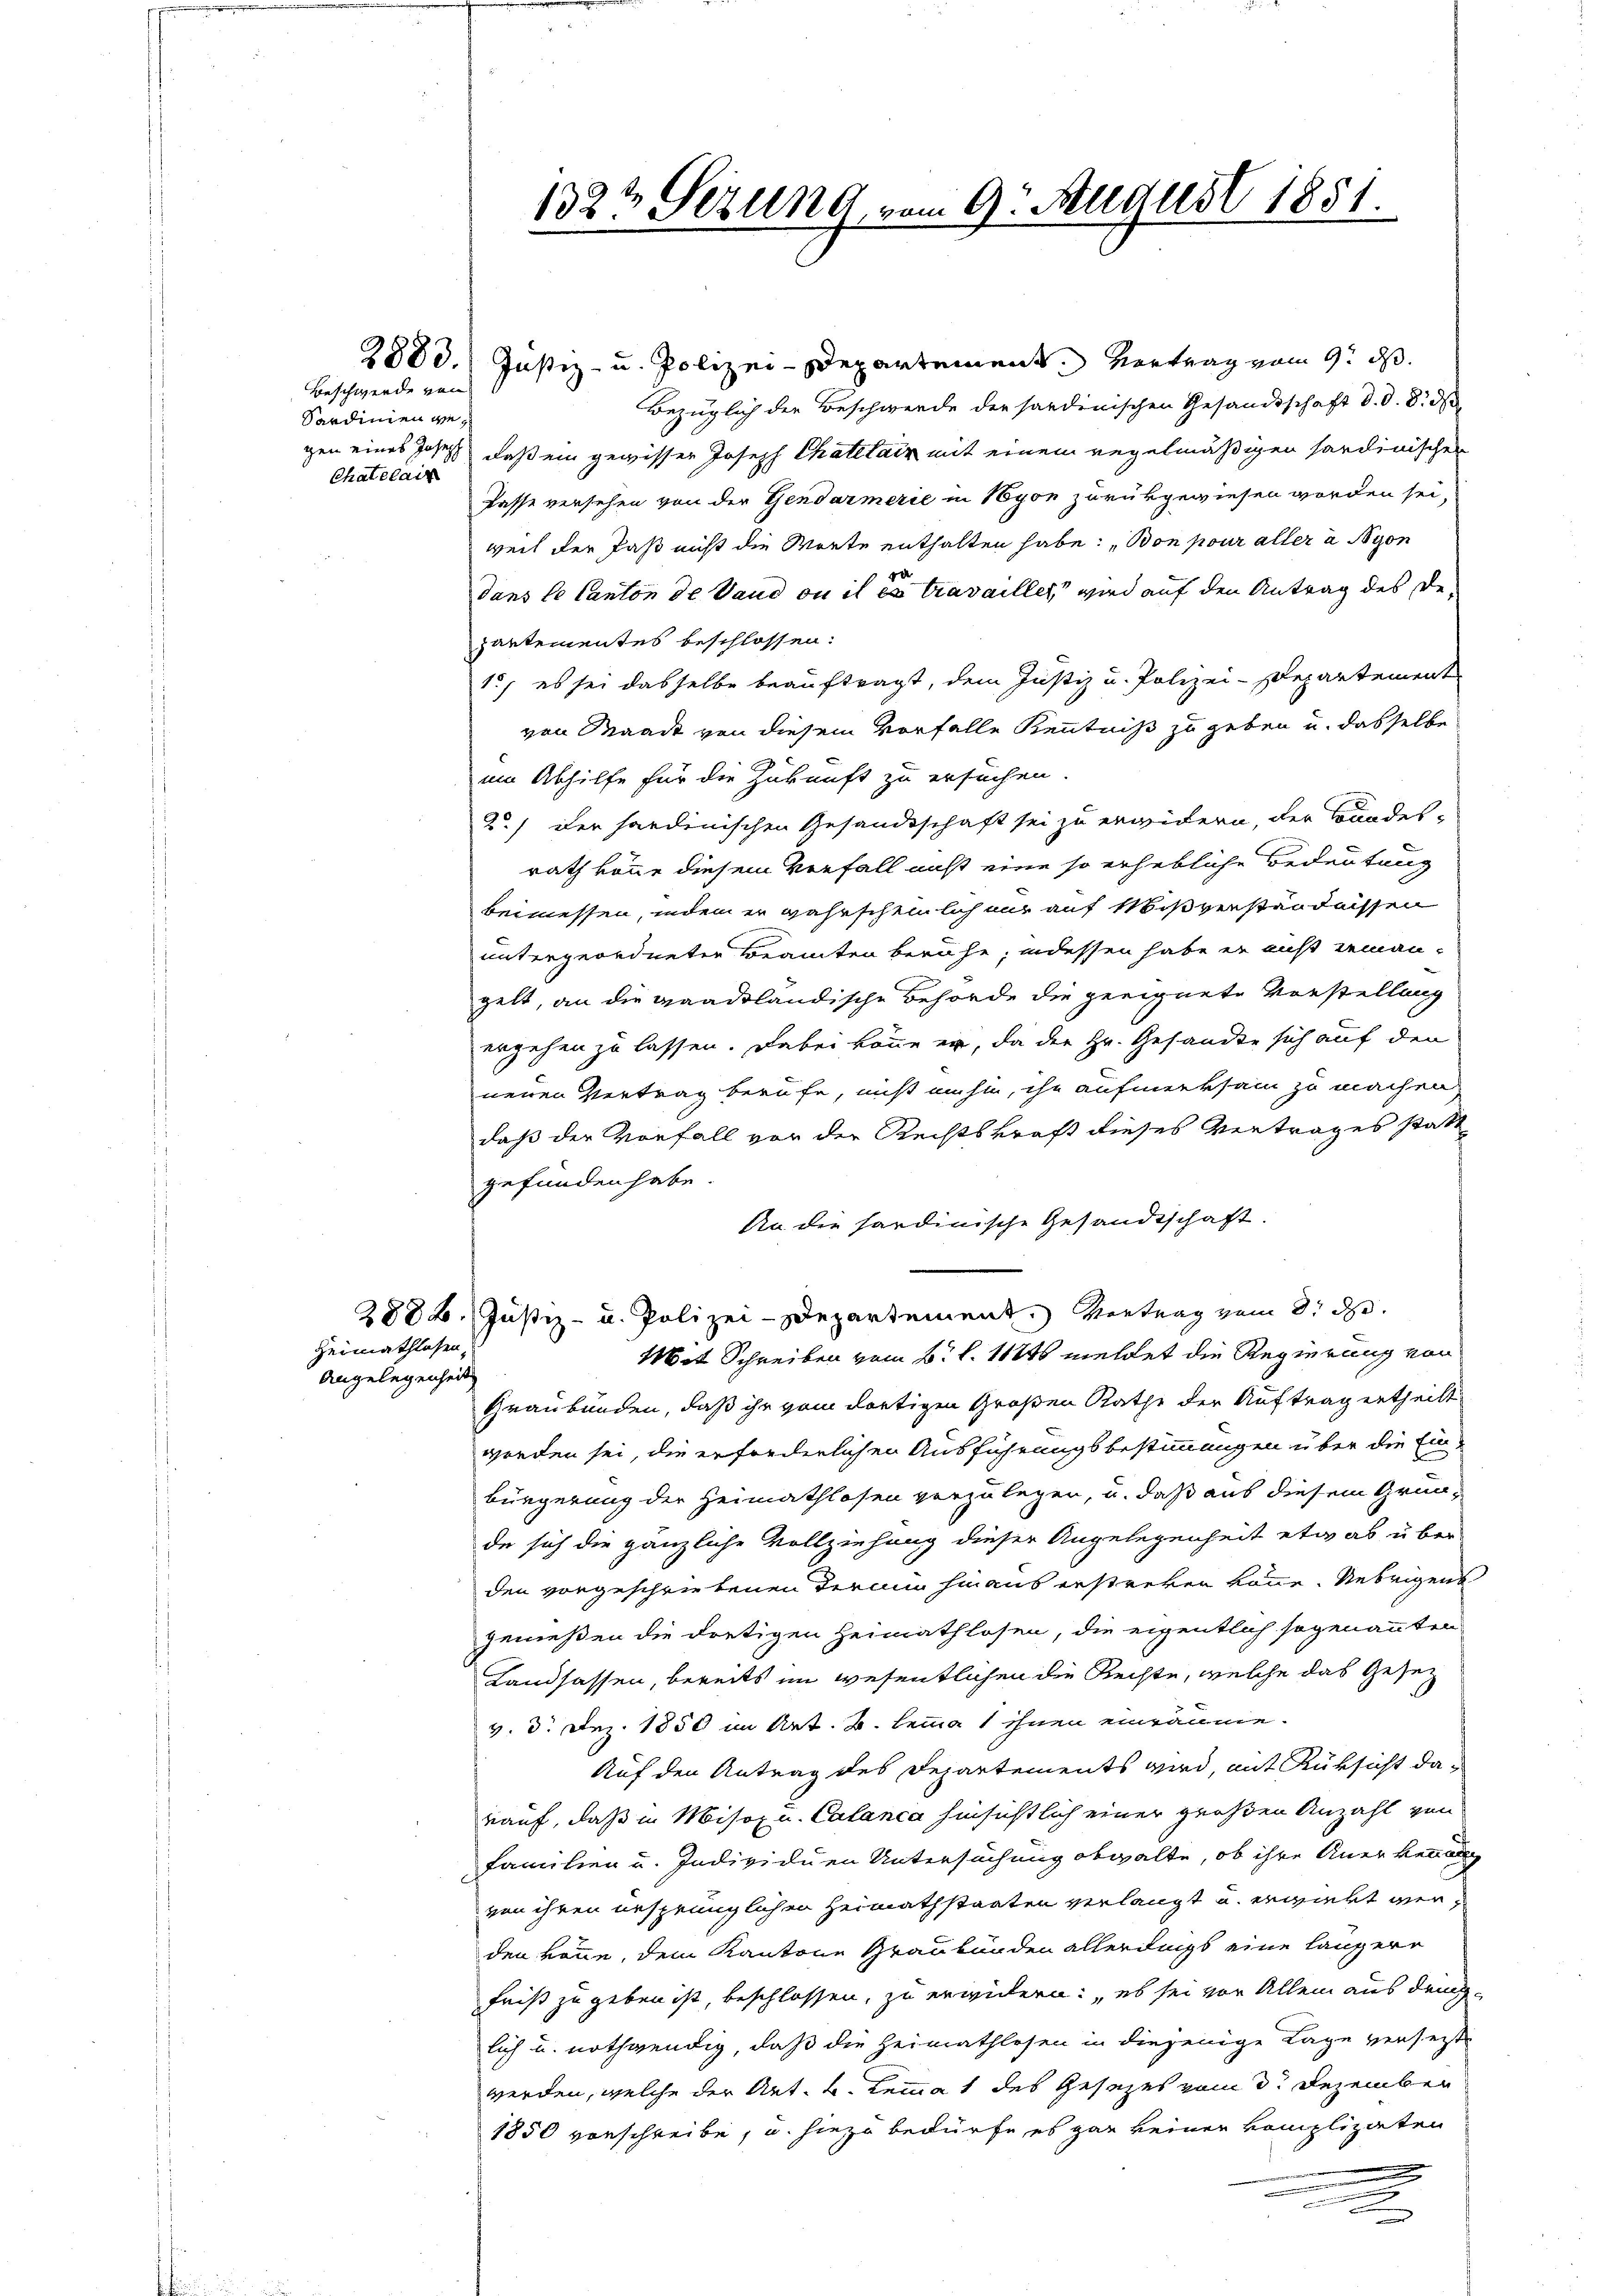
Beschwerde von
Sardinien ge¬
Chatelair

Heimathlosen,
Angelegenheit

1323 Setzung vom 9. August 1851.

2883.) Justiz- u. Polizei-Departement. Vertrag vom 9. ds.
Bezüglich der Beschwerde der sardinischen Gesandtschaft d. d. 8. d
gen eines Josef, daß ein gewisser Joseph Chatelair mit einem regelmäßigen sardinischen
Pässe versehen von der Gendarmerie in Nyon zurükgewiesen worden sei,
weil der Paß nicht die Worte enthalten habe, son pour aller a Syon
dans le Canton de Vaud ou il es travaillet wird auf den Antrag des Departementes beschlossen:
1., es sei dasselbe beauftragt, dem Justiz u. Polizei-Departement
von Waadt von diesem Vorfalle Kenntniß zu geben u. dasselbe
um Abhilfe für die Zukunft zu ersuchen.
2.) Der handenischen Gesandtschaft sei zu erwidern, der Bundes-
rath könne diesem Verfall nicht eine so erhebliche Bedeutung
beimessen, indem er wahrscheinlich nur auf Mißverständnissen
untergeordneter Beamten beruhe; indessen habe er nicht jeman-
gelt, an die waadtländische Behörde die geeignete Vorstellung
ergehen zu lassen. Dabei könne er, da der Hr. Gesanden sich auf den
neuen Vertrag berufe, nicht umhin, ihr aufmerksam zu machen,
daß der Vorfall vor der Rechtskraft dieses Vertrages statt
gefunden habe.
An die hardinische Gesandtschaft.
2888. Justiz- u. Polizei-Departement. Vortrag vom 8. d.
Mit Schreiben vom 6. l. 11446 meldet die Regierung von
Graubünden, daß ihr vom dortigen Großen Rathe der Auftrag ertheilt
worden sei, die erforderlichen Ausführungsbestimmungen über die Ein-
bürgerung der Heimathlosen vorzulegen, u. daß aus diesem Grunde sich die gänzliche Vollziehung dieser Angelegenheit etwas über
den vorgeschriebenen Termin hinaus erstreken könne. Uebrigens
genießen die dortigen Heimathlosen, die eigentlich sogenannten
Landsassen, bereits im wesentlichen die Rechte, welche das Gesez
v. 3. Dez. 1850 im Art. B. lemma 1 ihnen einräume.
Auf den Antrag des Departements wird, mit Rüksicht darauf, daß in Misox u. Calanca hinsichtlich einer großen Anzahl von
Familien u. Individuen Untersuchung obwalte, ob ihre Anerkennen
von ihren ursprünglichen Heimathstaaten verlangt u. erwirkt werden könne, dem Kantone Graubünden allerdings eine längere
fniß zu geben ist, beschlossen, zu erwidern: es sei vor Allem aus demlich u. nothwendig, daß die Heimathlosen in diejenige Lage verseit
werden, welche der Art. 2. Lemma 1 des Gesezes vom 3. Dezember
1850 vorschreibe, u. hiezu bedürfe es gar keiner komplizaten
.